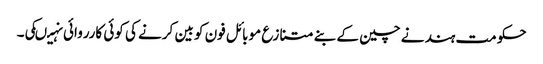
حکومت ہند نے چین کے بنے متنازع موبائل فون کو بین کرنے کی کوئی کارروائی نہیںکی۔